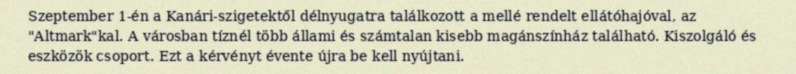
Szeptember 1-én a Kanári-szigetektől délnyugatra találkozott a mellé rendelt ellátóhajóval, az "Altmark"kal. A városban tíznél több állami és számtalan kisebb magánszínház található. Kiszolgáló és eszközök csoport. Ezt a kérvényt évente újra be kell nyújtani.